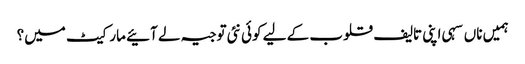
ہمیں ناں سہی اپنی تالیف قلوب کے لیے کوئی نئی توجیہ لے آئیے مارکیٹ میں؟